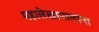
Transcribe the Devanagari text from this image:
महालेखापालांना